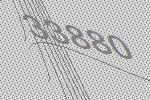
33880